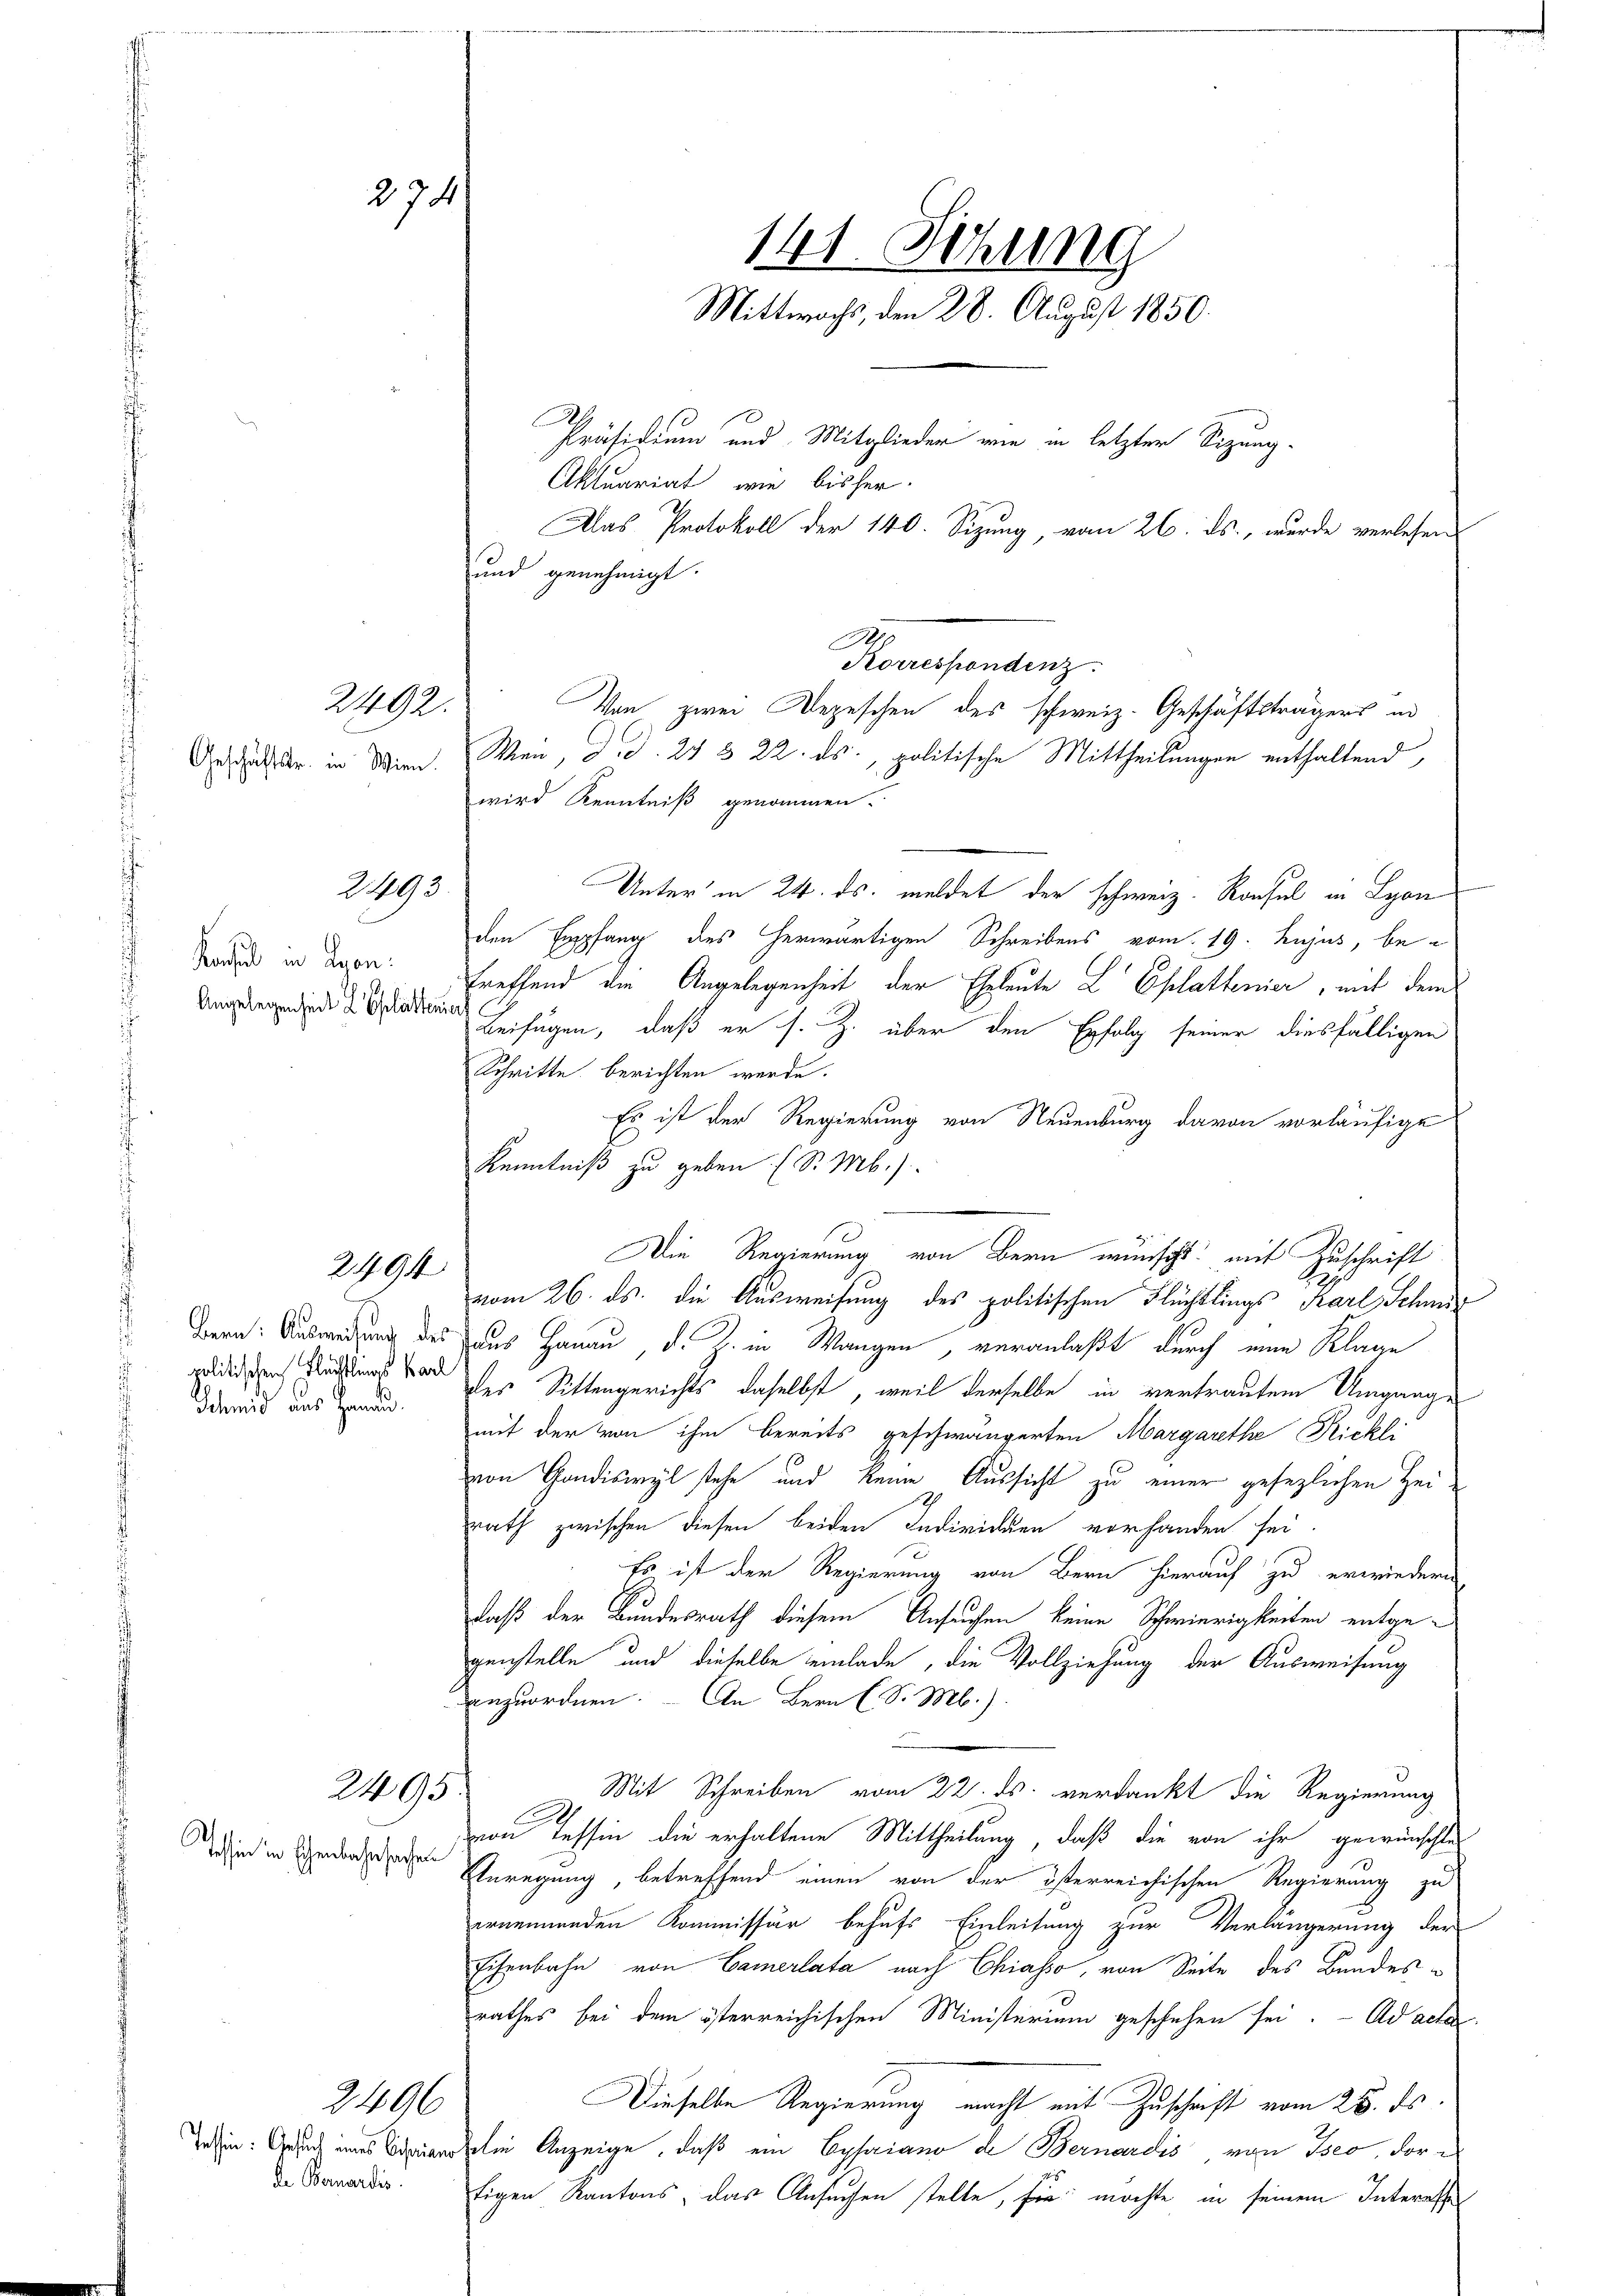
274

2492.

2495

Geschäftstr. in Wien.

Konsul in Kron:
Angelegenheit L Ehlattener

2494

Schmid aus Hanaud

2495.

Tessin in Ehenbahrsachen

2496

und genehmigt.
Von zwei Depeschen des schweiz. Geschäftsträgers in
Wien, d. d. 24 § 22. ds., politische Mittheilungen enthaltend,
wird Kenntniß genommen.
Unter in 24. ds. meldet der schweiz. Konsul in Lyon
den Empfang des herwärtigen Schreibens vom 19. hujus, be-
treffend die Angelegenheit der Eheleute L Eplattenier, mit dem
Beifügen, daß er s. Z. über den Erfolg seiner diesfälligen
Schritte berichten werde.
Es ist der Regierung von Neuenburg davon vorläufige
Kenntniß zu geben (S. Mb.)
Die Regierung von Bern wünscht mit Zuschrift
vom 26. ds. die Ausweisung des politischen Flüchtlings Karl, Schweiz
Bern: Ausweisung des aus Hanau, d. Z. in Wangen, veranlaßt durch eine Klage
pedien den ward her Sittengerichts daselbst, weil derselbe in vertrautem Umgange
mit der von ihm bereits geschwängerten Margarethe Ricke
von Gondiswyl stehe und keine Aussicht zu einer gesezlichen Heirath zwischen diesen beiden Individuen vorhanden sei.
Es ist der Regierung von Bern hierauf zu erwiedern
daß der Bundesrath diesem Ansuchen keine Schwierigkeiten entgegenstelle und dieselbe einlade, die Vollziehung der Ausweisung
anzuordnen. – An Bern C. S. M.).
Mit Schreiben vom 22. ds. verdankt die Regierung
von Tessin die erhaltene Mittheilung, daß die von ihr gewünschte
Anregung, betreffend einen von der österreichischen Regierung zu
ernennenden Kommissär behufs Einleitung zur Verlängerung der
Eisenbahn von Camerlata nach Chiasso, von Seite des Bundesrathes bei dem österreichischen Ministerium geschehen sei. Ad acta
Dieselbe Regierung macht mit Zuschaft vom 28. ds.
ehin ein Anzeige, daß ein Cysaiano de Bernardis von Isco, der e
tigen Kantons, das Ansuchen stelle, für möchte in seinem Interesse

de Bernardis

141. Setzung
Mittwochs, den 28. August 1850.
Präsidium und Mitglieder wie in letzter Sitzung¬
Aktuariat, wie bisher.
Das Protokoll der 140. Sizung, vom 26. ds., wurde verlesen

Korrespondenz.